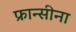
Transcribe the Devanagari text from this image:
फ्रान्सीना